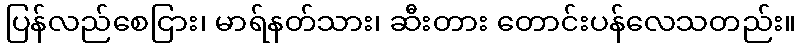
ပြန်လည်စေငြား၊ မာရ်နတ်သား၊ ဆီးတား တောင်းပန်လေသတည်း။